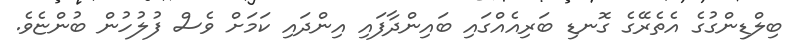
ބިލްޑިންގުގެ އެތެރޭގެ ގޮނޑި ބަރިއެއްގައި ބައިންދާފައި އިންދައި ކަމަށް ވެސް ފުލުހުން ބުންޏެވެ.